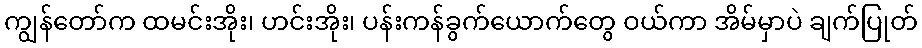
ကျွန်တော်က ထမင်းအိုး၊ ဟင်းအိုး၊ ပန်းကန်ခွက်ယောက်တွေ ဝယ်ကာ အိမ်မှာပဲ ချက်ပြုတ်